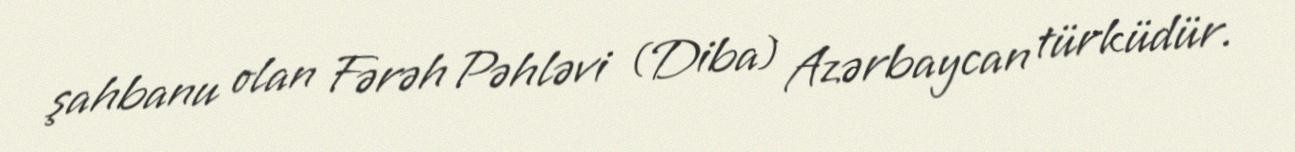
şahbanu olan Fərəh Pəhləvi (Diba) Azərbaycan türküdür.